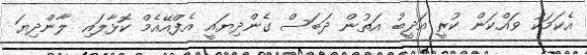
އެކަމަކު ވައްކަން ކުރީ އަދީބު އަތުން ދަބަސް ގެންދިޔައީ އެފްއޭއެމް ކޮޅާލައި ލާންދިޔަ